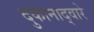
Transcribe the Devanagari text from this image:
दुकानाद्वारे